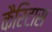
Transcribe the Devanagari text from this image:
कैरिटास